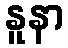
နူနာ